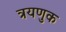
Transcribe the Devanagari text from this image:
त्रयणुक